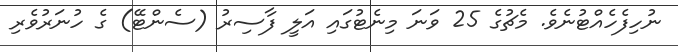
ނުހިފެހެއްޓުނެވެ. މެޗުގެ 25 ވަނަ މިނެޓުގައި އަލީ ފާސިރު (ސެންޓޭ) ގެ ހުނަރުވެރި